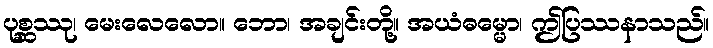
ပုစ္ဆဿု၊ မေးလေလော။ ဘော၊ အချင်းတို့။ အယံဓမ္မော၊ ဤပြဿနာသည်။